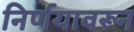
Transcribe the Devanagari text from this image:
निर्णयावरून